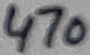
Text: 470